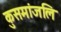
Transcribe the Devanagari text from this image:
कुसमांजलि